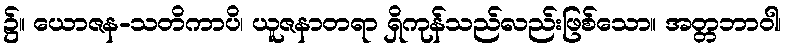
၌။ ယောဇန-သတိကာပိ၊ ယူဇနာတရာ ရှိကုန်သည်လည်းဖြစ်သော။ အတ္တဘာဝါ၊